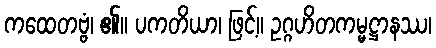
ကထေတဗ္ဗံ၊ ၏။ ပကတိယာ၊ ဖြင့်။ ဥဂ္ဂဟိတကမ္မဋ္ဌာနဿ၊